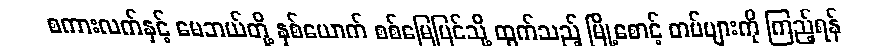
စကားလက်နှင့် မေဘယ်တို့ နှစ်ယောက် စစ်မြေပြင်သို့ ထွက်သည့် မြို့စောင့် တပ်များကို ကြည့်ရန်